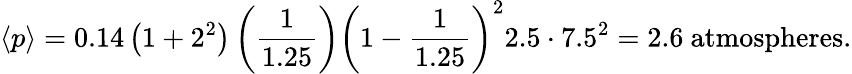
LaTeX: {\langle p\rangle}=0.14\left(1+2^{2}\right)\left({\frac{1}{1.25}}\right)\left(1-{\frac{1}{1.25}}\right)^{2}2.5\cdot 7.5^{2}=2.6{\mathrm{~atmospheres}}.